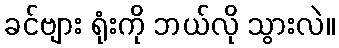
ခင်ဗျား ရုံးကို ဘယ်လို သွားလဲ။